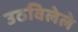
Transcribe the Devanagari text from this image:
उठविलेले